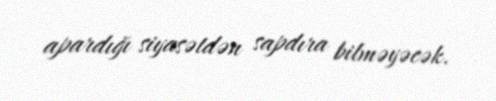
apardığı siyasətdən sapdıra bilməyəcək.